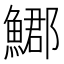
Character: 𩺐